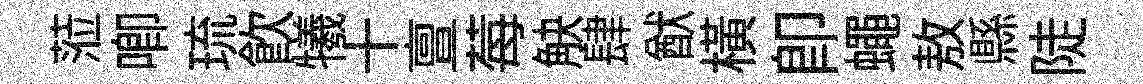
蒞唧琉飮犧十亶莓觖肆猷横卽蠅敖縣陡